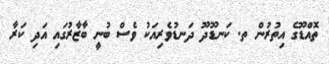
ތޮއްޑޫގެ އިތުރުން ތ. ކަނޑޫދޫ ދަނޑުވެރިއަކު ވެސް ބުނީ ބާޒާރުގައި އަދި ކަރާ